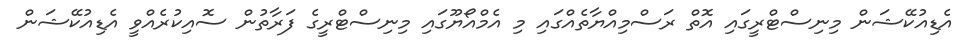
އެޑިއުކޭޝަން މިނިސްޓްރީގައި އޮތް ރަސްމިއްޔާތެއްގައި މި އެމްއޯޔޫގައި މިނިސްޓްރީގެ ފަރާތުން ސޮއިކުރެއްވީ އެޑިއުކޭޝަން